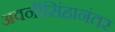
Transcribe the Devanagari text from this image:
अवनीसिंहानंतर